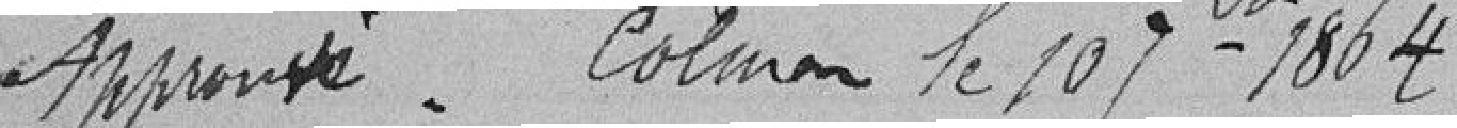
Approuvé. Colmar le 10 septembre 1864